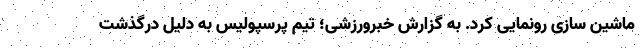
ماشین سازی رونمایی کرد. به گزارش خبرورزشی؛ تیم پرسپولیس به دلیل درگذشت